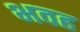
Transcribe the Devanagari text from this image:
भवह